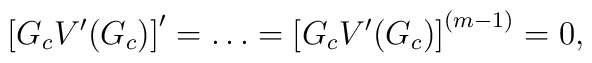
\left[G_cV'(G_c)\right]' =\ldots= \left[G_cV'(G_c)\right]^{(m-1)}=0,